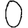
Digit: 0